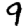
Digit: 9